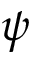
\psi